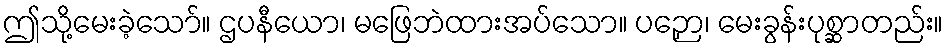
ဤသို့မေးခဲ့သော်။ ဌပနီယော၊ မဖြေဘဲထားအပ်သော။ ပဉှော၊ မေးခွန်းပုစ္ဆာတည်း။